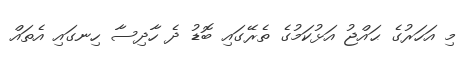
މި އަހަރުގެ ޙައްޖު އަޅުކަމުގެ ތެރޭގައި ބޮޑު ދެ ހާދިސާ ހިނގައި އެތައް